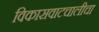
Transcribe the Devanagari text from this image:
विकासवाटचालीचा